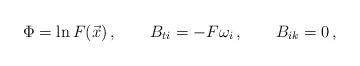
LaTeX: \begin{align*}\Phi = \ln F(\vec x)\, , \qquad B_{ti} = - F \omega_i \, , \qquad B_{ik} =0 \, ,\end{align*}